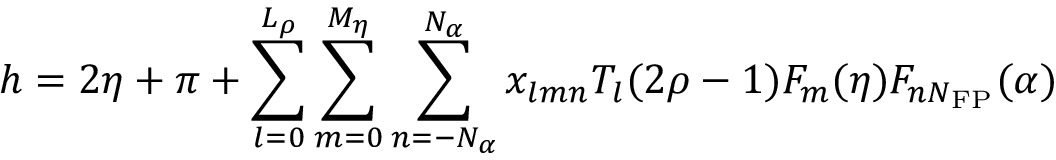
h = 2 \eta + \pi + \sum _ { l = 0 } ^ { L _ { \rho } } \sum _ { m = 0 } ^ { M _ { \eta } } \sum _ { n = - N _ { \alpha } } ^ { N _ { \alpha } } x _ { l m n } T _ { l } ( 2 \rho - 1 ) F _ { m } ( \eta ) F _ { n N _ { \mathrm { F P } } } ( \alpha )